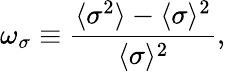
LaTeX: \omega_{\sigma}\equiv\frac{\langle\sigma^{2}\rangle-\langle\sigma\rangle^{2}}{\langle\sigma\rangle^{2}},